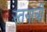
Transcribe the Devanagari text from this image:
स्तनाची